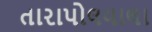
તારાપોલવાલા